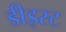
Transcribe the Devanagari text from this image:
डीइस्ट